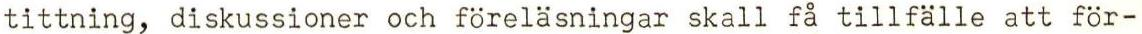
tittning, diskussioner och föreläsningar skall få tillfälle att för-